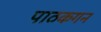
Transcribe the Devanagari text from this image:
पाठकगन